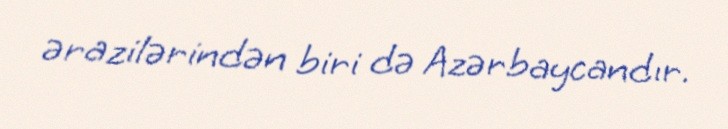
ərazilərindən biri də Azərbaycandır.